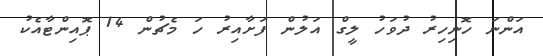
އަންނަ ހޮނިހިރު ދުވަހު ލީގް އަލުން ފަށާއިރު ހަ މެޗުން 14 ޕޮއިންޓާއެކު